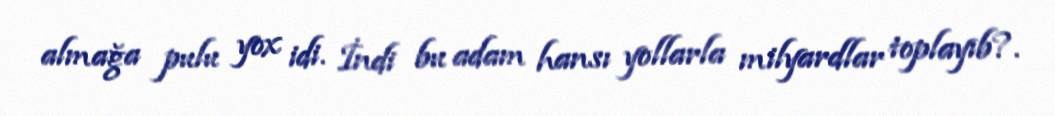
almağa pulu yox idi. İndi bu adam hansı yollarla milyardlar toplayıb?.